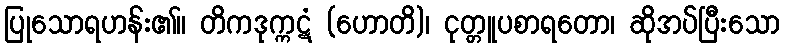
ပြုသောရဟန်း၏။ တိကဒုက္ကဋံ (ဟောတိ)၊ ငုတ္တူပစာရတော၊ ဆိုအပ်ပြီးသော